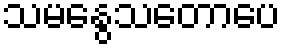
သမနွေသတောပေ